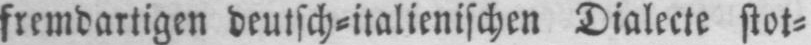
fremdartigen deutsch-italienischen Dialecte stot⸗